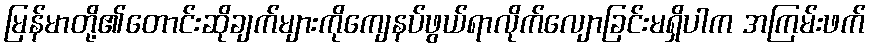
မြန်မာတို့၏တောင်းဆိုချက်များကိုကျေနပ်ဖွယ်ရာလိုက်လျောခြင်းမရှိပါက အကြမ်းဖက်